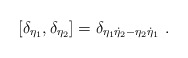
\begin{align*}\left[\delta_{\eta_1},\delta_{\eta_2}\right]=\delta_{\eta_1\dot{\eta}_2-\eta_2\dot{\eta}_1}\ .\end{align*}